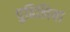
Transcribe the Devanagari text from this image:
पुढिलिया